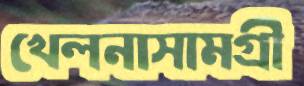
খেলনাসামগ্রী